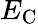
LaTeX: E_{\mathrm{{C}}}